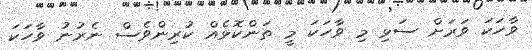
ވާހަކަ ވަރަށް ސަޅި މި ވާހަކަ މީ ތަންކޮޅެއް ކުރިންވެސް ނެރުނު ވާހަކަ